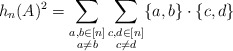
\begin{align*}h_n(A)^2 = \sum_{\substack{a,b \in [n] \\ a \neq b}} \sum_{\substack{c,d \in [n] \\ c \neq d}} \{a,b\} \cdot \{c,d\} \end{align*}